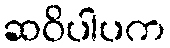
ဆဝိပါပက